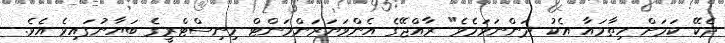
ދެކޭ ކަމަށް ހިތާމައާ އެކު ދަންނަވަމެވެ" ރާއްޖޭގެ އެންވަޔަރަންމަންޓް މިނިސްޓްރީގެ ބަޔާނުގައިވެ އެވެ.